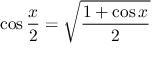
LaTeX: \cos { \frac { x } { 2 } } = { \sqrt { \frac { 1 + \cos x } { 2 } } }